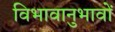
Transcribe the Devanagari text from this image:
विभावानुभावों